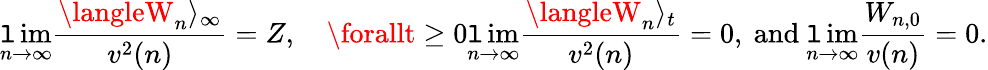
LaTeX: \operatorname*{\mathtt{l}im}_{n\to\infty}\frac{{\langleW_{n}\rangle_{\infty}}}{{v^{2}(n)}}=Z,\quad\forallt\ge0\operatorname*{\mathtt{l}im}_{n\to\infty}\frac{{\langleW_{n}\rangle_{t}}}{{v^{2}(n)}}=0,\mathrm{{~and~}}\operatorname*{\mathtt{l}im}_{n\to\infty}\frac{{W_{n,0}}}{{v(n)}}=0.